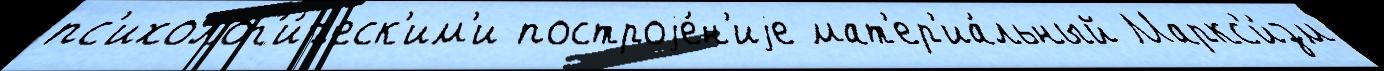
пс'ихолог'и́ческ'им'и построjе́н'иjе мат'ер'иа́льный Маркс'и́зм